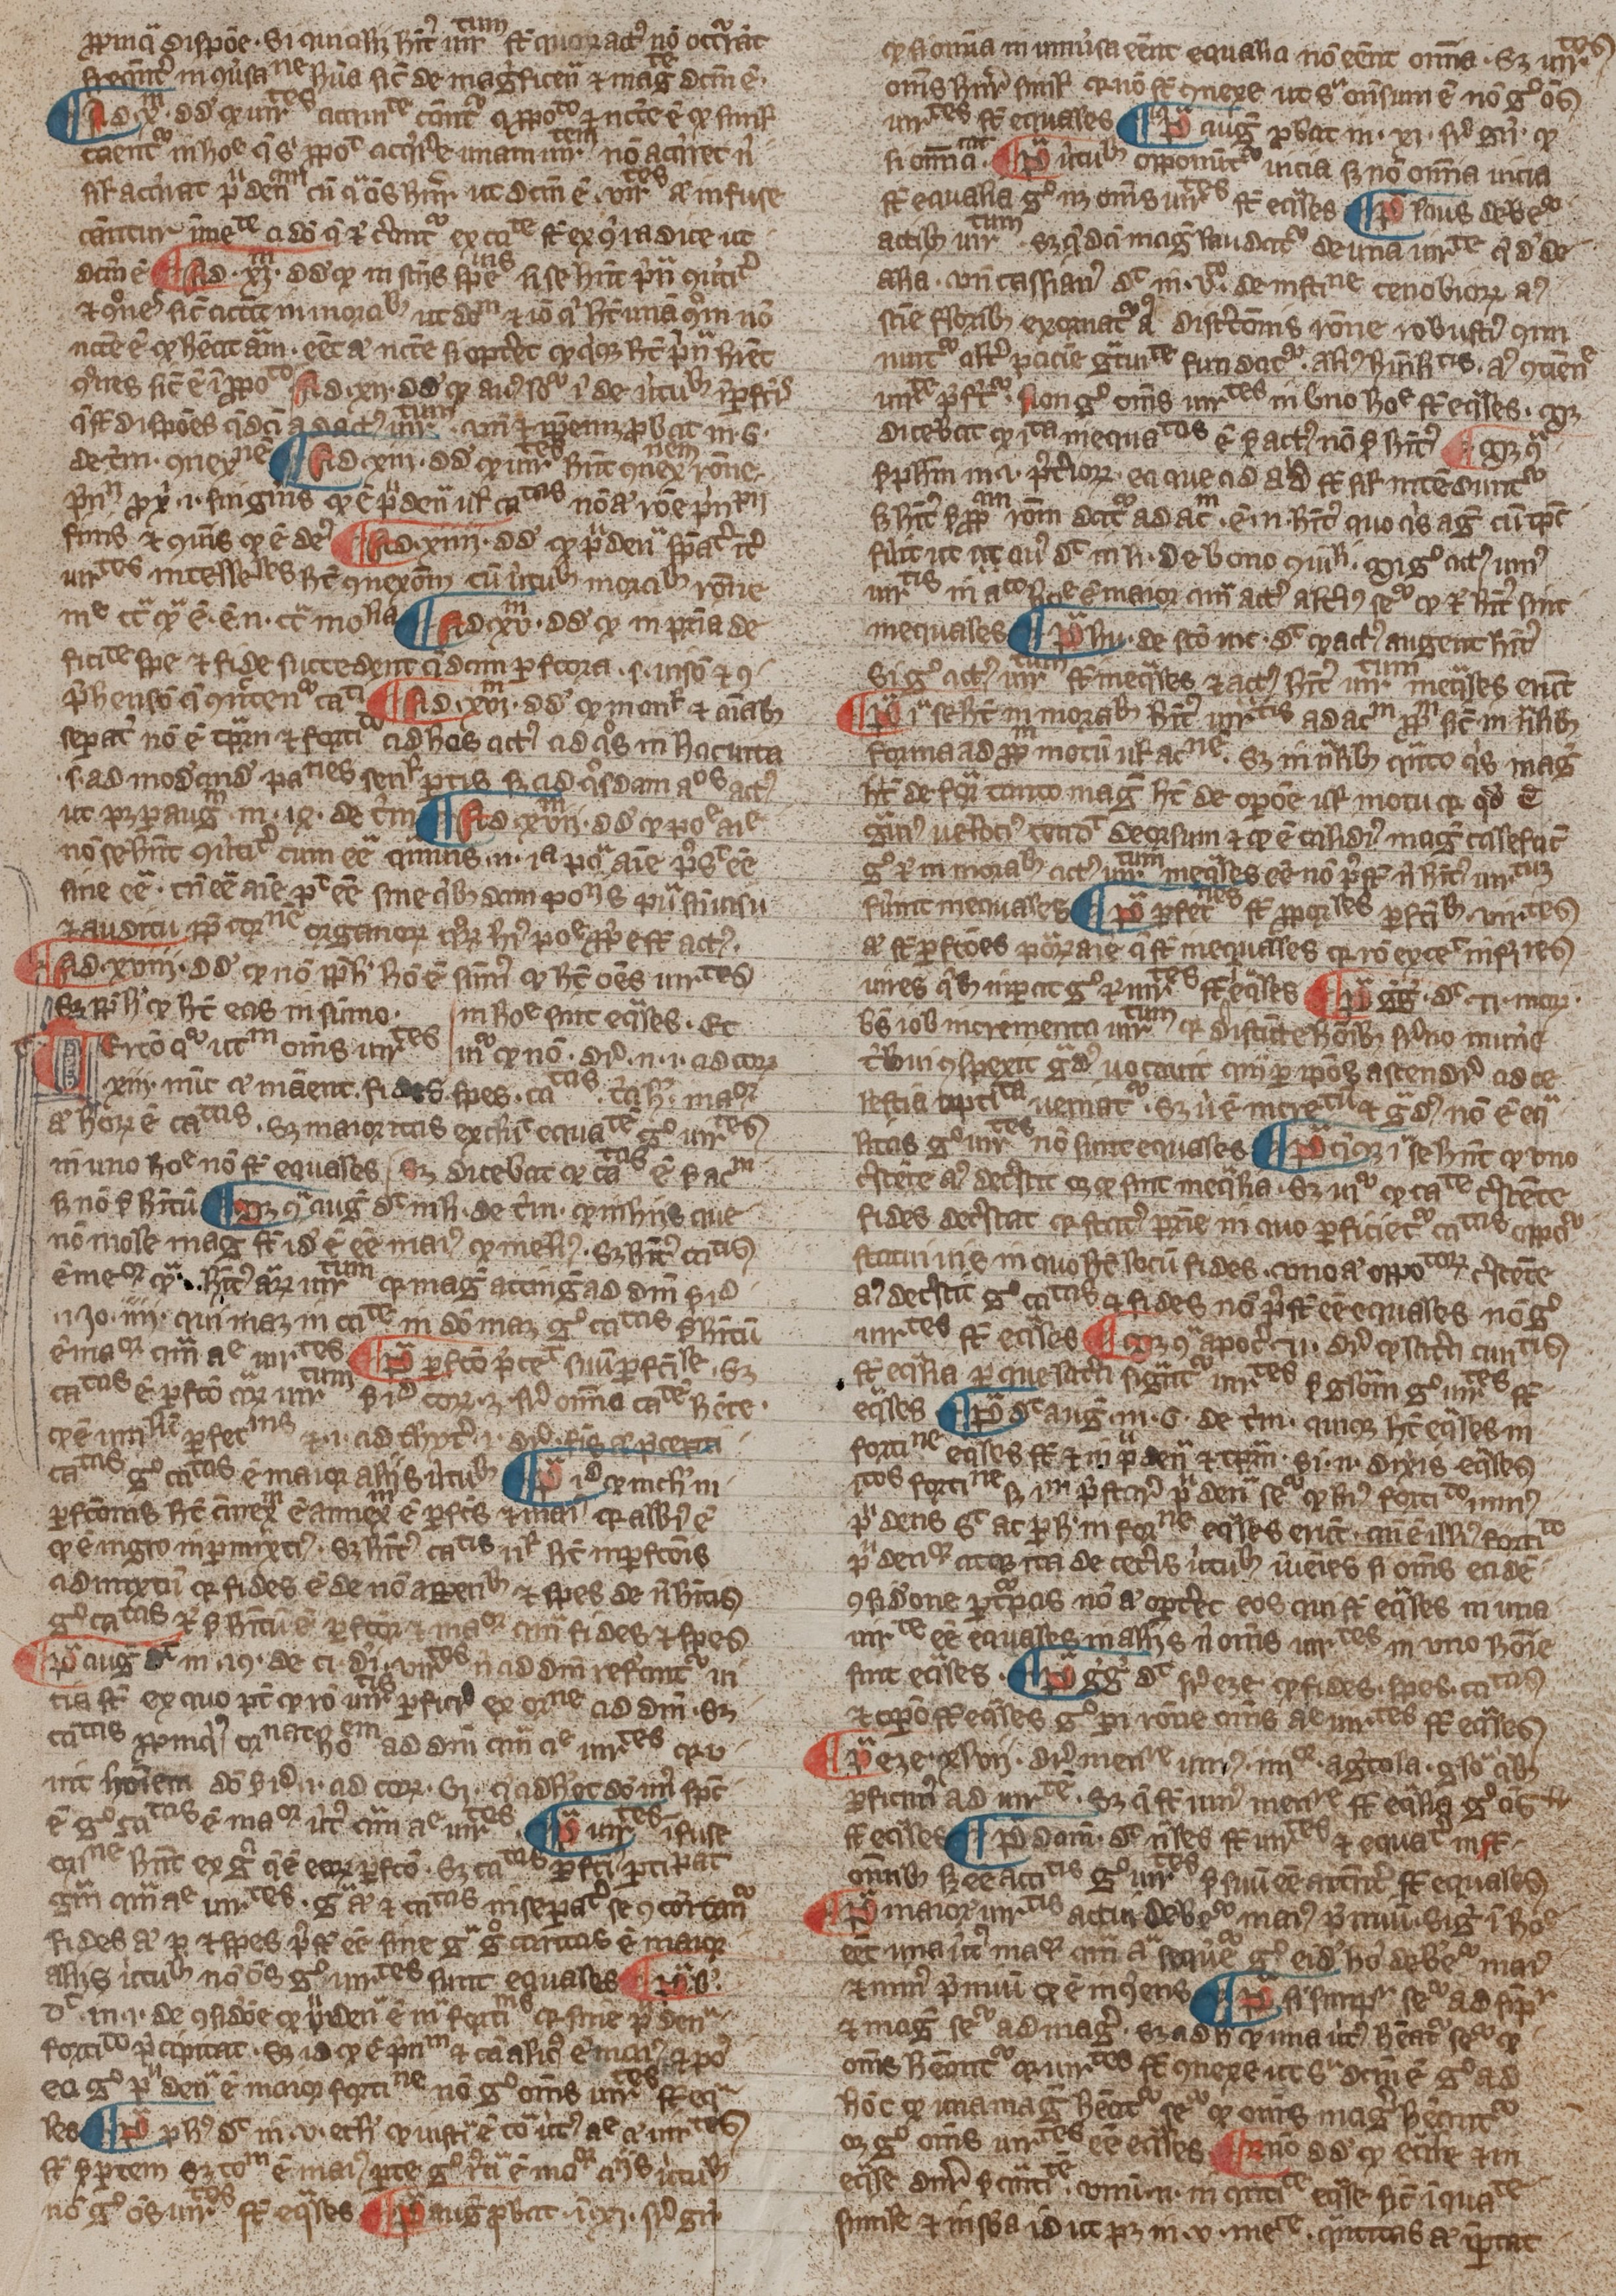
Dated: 1300–1399